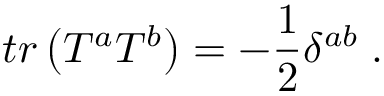
t r \left( T ^ { a } T ^ { b } \right) = - \frac 1 2 \delta ^ { a b } \; .